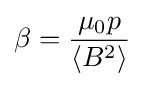
\beta ={\frac {\mu _{0}p}{\langle B^{2}\rangle }}